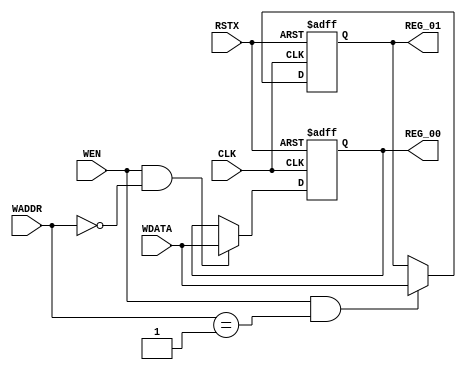
module register(
 input            RSTX,
 input            CLK,
 input            WEN,
 input      [7:0] WADDR,
 input      [7:0] WDATA,
 output reg [7:0] REG_00,
 output reg [7:0] REG_01
);

always @(posedge CLK or negedge RSTX)
  if (!RSTX)                      REG_00 <= 8'h00;
  else if (WEN && WADDR == 8'h00) REG_00 <= WDATA;
always @(posedge CLK or negedge RSTX)
  if (!RSTX)                      REG_01 <= 8'h00;
  else if (WEN && WADDR == 8'h01) REG_01 <= WDATA;

endmodule